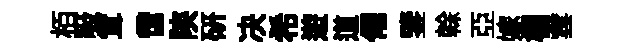
栢吸䇯啻陝研决希遊道僊鑒𠏉亞嫁欄雲